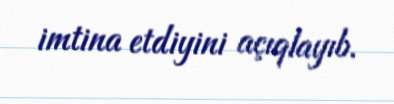
imtina etdiyini açıqlayıb.